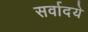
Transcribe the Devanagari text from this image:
सर्वादये